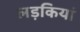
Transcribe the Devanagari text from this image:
लड़कियां